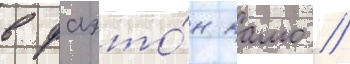
в фаэто́н камо //